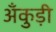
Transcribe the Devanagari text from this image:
अँकुड़ी